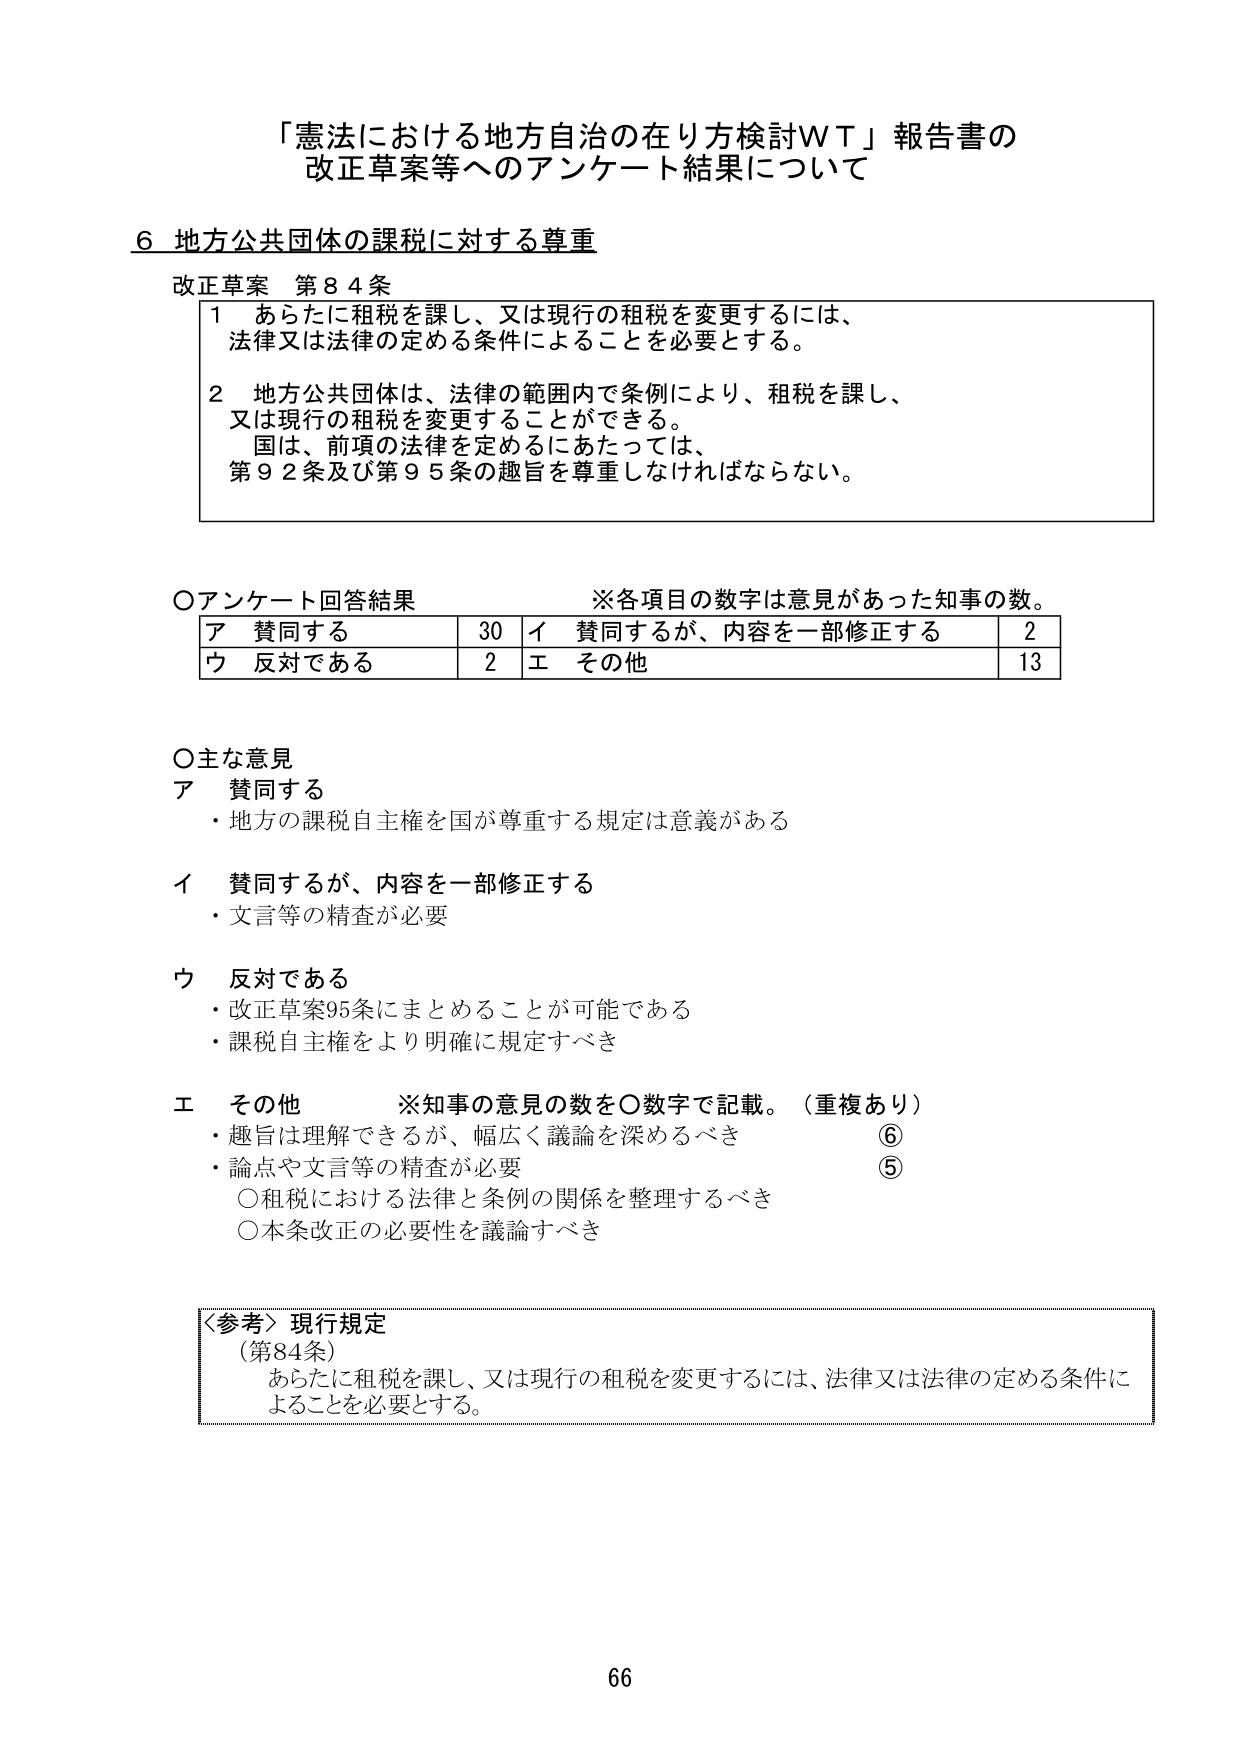
「憲法における地方自治の在り方検討ＷＴ」報告書の
改正草案等へのアンケート結果について

６ 地方公共団体の課税に対する尊重

改正草案 第８４条
１ あらたに租税を課し、又は現行の租税を変更するには、
　法律又は法律の定める条件によることを必要とする。
２ 地方公共団体は、法律の範囲内で条例により、租税を課し、
　又は現行の租税を変更することができる。
　国は、前項の法律を定めるにあたっては、
　第９２条及び第９５条の趣旨を尊重しなければならない。

○アンケート回答結果　　　　　※各項目の数字は意見があった知事の数。
　ア 賛同する　　　　　　　30　イ 賛同するが、内容を一部修正する　　　2
　ウ 反対である　　　　　　　2　エ その他　　　　　　　　　　　　　　　13

○主な意見
ア 賛同する
　・地方の課税自主権を国が尊重する規定は意義がある

イ 賛同するが、内容を一部修正する
　・文言等の精査が必要

ウ 反対である
　・改正草案95条にまとめることが可能である
　・課税自主権をより明確に規定すべき

エ その他　　　　　※知事の意見の数を○数字で記載。（重複あり）
　・趣旨は理解できるが、幅広く議論を深めるべき　　　　　　　　　⑥
　・論点や文言等の精査が必要　　　　　　　　　　　　　　　　　　⑤
　　○租税における法律と条例の関係を整理するべき
　　○本条改正の必要性を議論すべき

〈参考〉現行規定
（第84条）
　あらたに租税を課し、又は現行の租税を変更するには、法律又は法律の定める条件に
　よることを必要とする。

66